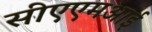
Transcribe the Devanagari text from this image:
सीएएमआई